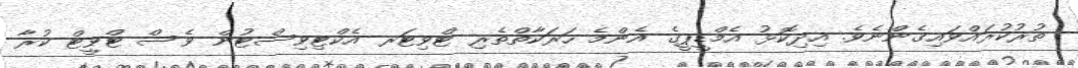
ތުރުކުރައްވައިގެންނެވެ. އިދިކޮޅު އެމްޑީޕީގެ އެންމެ ހަރަކާތްތެރި ޓްވިޓަރ އެކްޓިވިސްޓުން ވެސް ޓްވީޓް ކުރާ